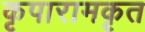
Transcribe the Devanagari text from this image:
कृपारामकृत